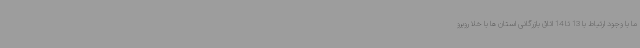
ما با وجود ارتباط با 13 تا 14 اتاق بازرگانی استان ها با خلا روبرو